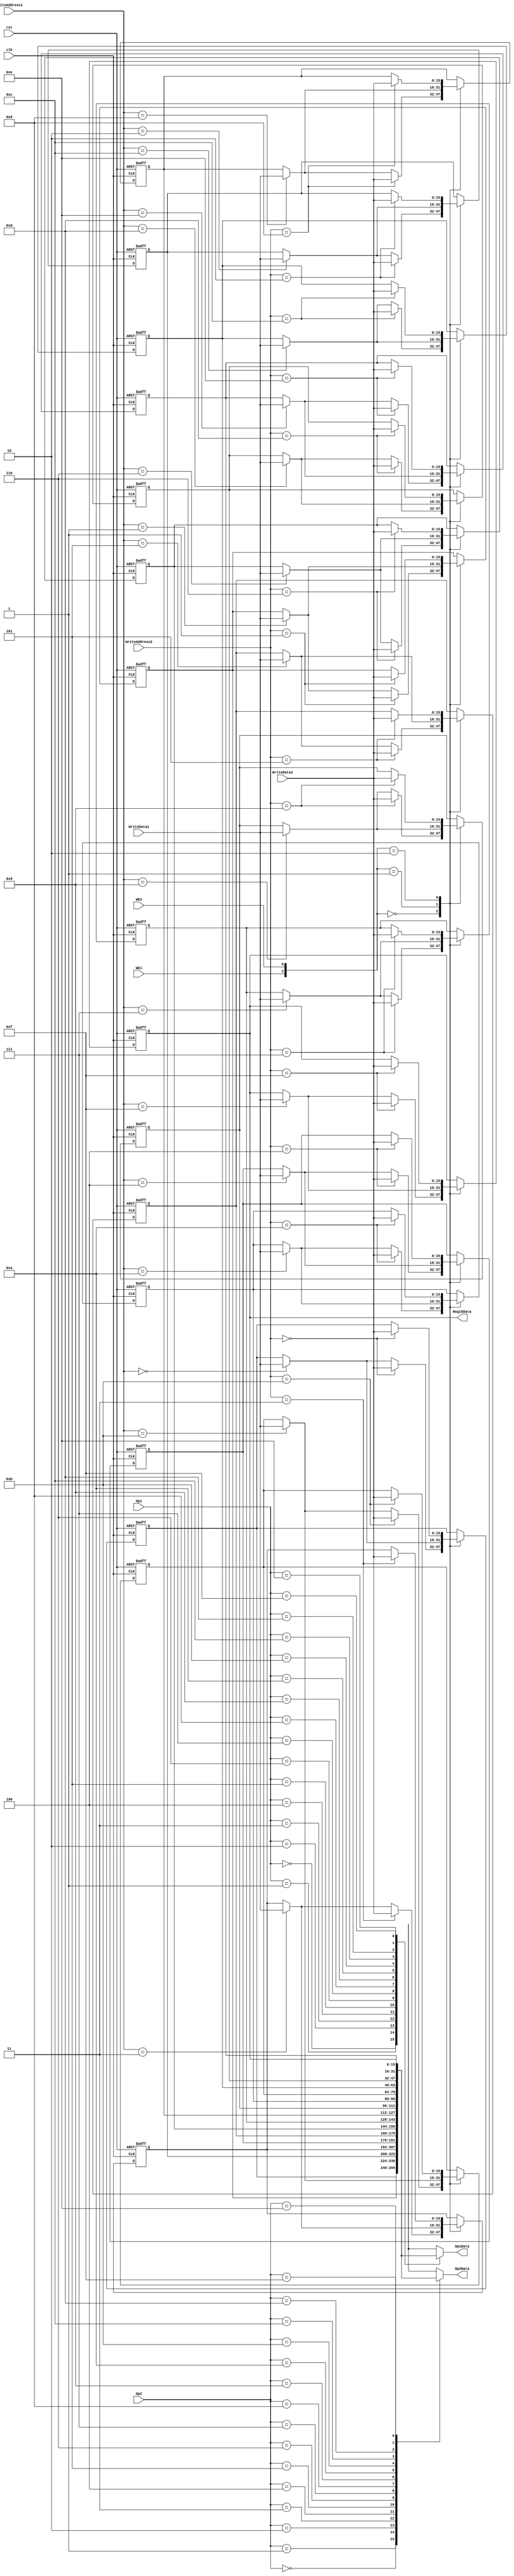
module registerFile (input clk,
					 input rst,
					 input WE1,
					 input WE2,
					 input [3:0] Op1,
					 input [3:0] Op2,
					 input [3:0] WriteAddress1,
					 input [3:0] WriteAddress2,
					 input [15:0] WriteData1,
					 input [15:0] WriteData2,
					 output reg [15:0] Op1Data,
					 output reg [15:0] Op2Data,
					 output reg [15:0] Reg15Data
					 );
	
	reg [15:0] Register [15:0];


	always @ (*)
	begin
		Op1Data = Register[Op1];
		Op2Data = Register[Op2];
		Reg15Data = Register[15];	
	end
	
	always @ (posedge clk or negedge rst)
	begin
		if (~rst)
		begin
			Register[4'b0000] <= 16'h0000;
			Register[4'b0001] <= 16'h0F00;
			Register[4'b0010] <= 16'h0050;
			Register[4'b0011] <= 16'hFF0F;
			Register[4'b0100] <= 16'hF0FF;
			Register[4'b0101] <= 16'h0040;
			Register[4'b0110] <= 16'h6666;
			Register[4'b0111] <= 16'h00FF;
			Register[4'b1000] <= 16'hFF88;
			Register[4'b1001] <= 16'h0000;
			Register[4'b1010] <= 16'h0000;
			Register[4'b1011] <= 16'h0000;
			Register[4'b1100] <= 16'hCCCC;
			Register[4'b1101] <= 16'h0002;
			Register[4'b1110] <= 16'h0000;
			Register[4'b1111] <= 16'h0000;
		end
		//else if (WE1) 
		//begin
		//	Register[WriteAddress1] <= WriteData1;
		//end
		//else if (WE2)
		//begin
		//	Register[WriteAddress2] <= WriteData2;
		//end
		else
		begin
			case ({WE1, WE2})
				2'b00 : begin Register[WriteAddress1] <= WriteData1; Register[WriteAddress2] <= WriteData2; end
				2'b01 : begin Register[WriteAddress1] <= WriteData1; end
				2'b10 : begin Register[WriteAddress2] <= WriteData2; end
				2'b11 : ;
				default : ;
			endcase
		end
	end	

					 
endmodule